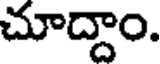
చూద్దాం.